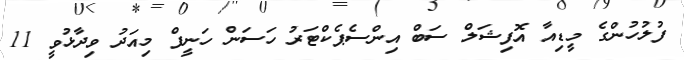
ފުލުހުންގެ މީޑިއާ އޮފިޝަލް ސަބް އިންސެޕެކްޓަރު ހަސަން ހަނީފް މިއަދު ވިދާޅުވީ 11